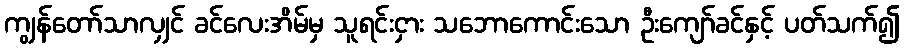
ကျွန်တော်သာလျှင် ခင်လေးအိမ်မှ သူရင်းငှား သဘောကောင်းသော ဦးကျော်ခင်နှင့် ပတ်သက်၍